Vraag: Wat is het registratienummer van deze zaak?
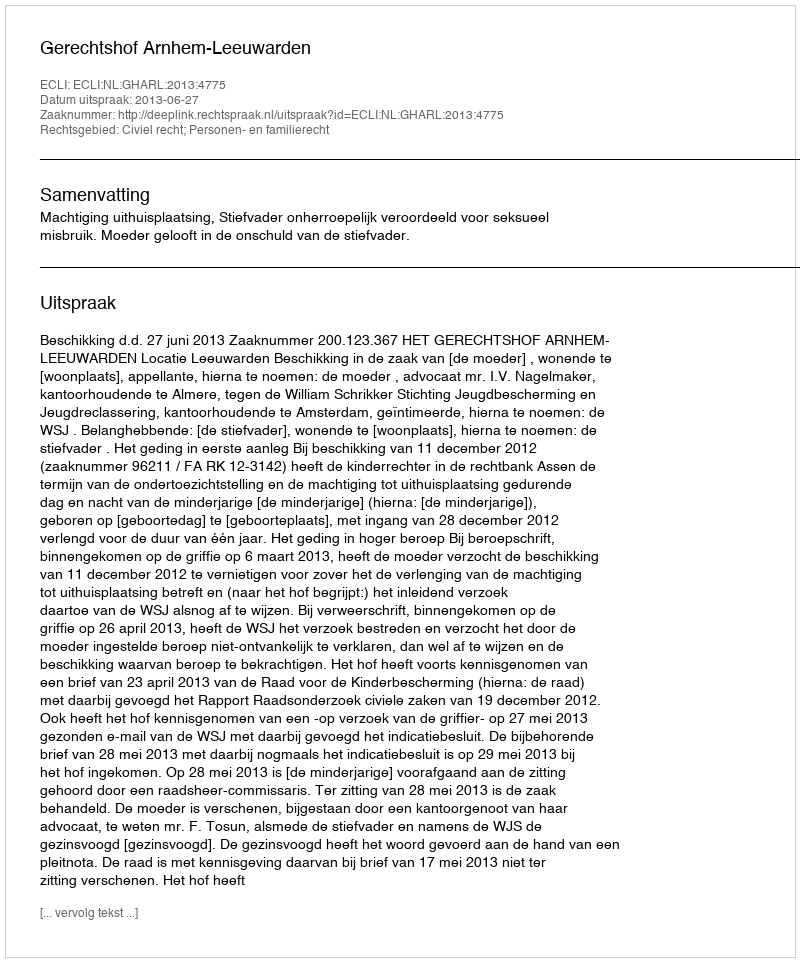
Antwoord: http://deeplink.rechtspraak.nl/uitspraak?id=ECLI:NL:GHARL:2013:4775